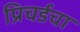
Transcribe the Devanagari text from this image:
प्रिचर्डचा